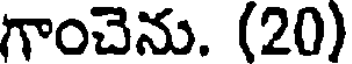
గాంచెను. (20)